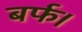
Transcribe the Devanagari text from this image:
बर्फ।